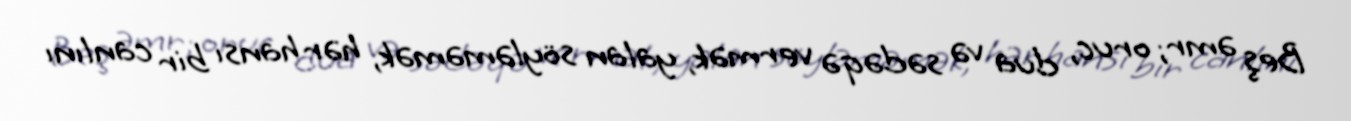
Beş əmr; oruc, dua və sədəqə vermək, yalan söyləməmək, hər hansı bir canlını